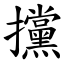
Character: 攩